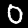
Label: 0